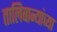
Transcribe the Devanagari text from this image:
तालिबान्यांच्या